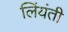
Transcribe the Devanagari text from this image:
लिंयंती